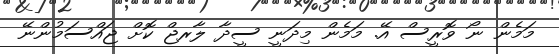
މަމެން ނޯ ވޮރީސް އޭ. މަމެން މިދަނީ ސީދާ ލާރޖް ކޮށް ޖައްސަމުންނޭ